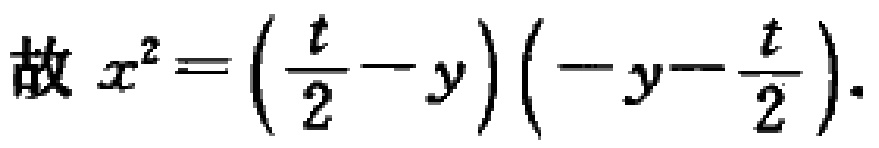
故 \(x^{2}=\left(\frac{t}{2}-y\right)\left(-y - \frac{t}{2}\right)\).